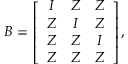
\boldsymbol { B } = \left[ \begin{array} { c c c } { \boldsymbol { I } } & { \boldsymbol { Z } } & { \boldsymbol { Z } } \\ { \boldsymbol { Z } } & { \boldsymbol { I } } & { \boldsymbol { Z } } \\ { \boldsymbol { Z } } & { \boldsymbol { Z } } & { \boldsymbol { I } } \\ { \boldsymbol { Z } } & { \boldsymbol { Z } } & { \boldsymbol { Z } } \end{array} \right] \mathrm { , }